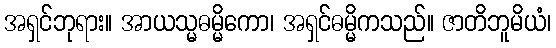
အရှင်ဘုရား။ အာယသ္မဓမ္မိကော၊ အရှင်ဓမ္မိကသည်။ ဇာတိဘူမိယံ၊